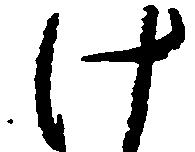
け